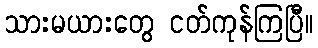
သားမယားတွေ ငတ်ကုန်ကြပြီ။